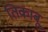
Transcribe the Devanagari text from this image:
तिकाबू